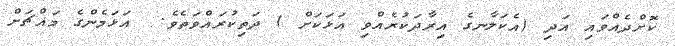
ކޮށްދެއްވައި އަދި (އެކަލާނގެ އިރާދަކުރެއްވި އަޅަކަށް ) ދަތިކުރައްވަތެވެ.  އަޅަމެންގެ މައްޗަށް